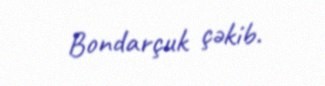
Bondarçuk çəkib.